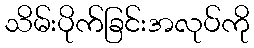
သိမ်းပိုက်ခြင်းအလုပ်ကို